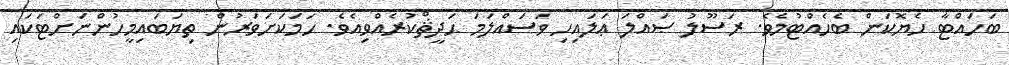
ބަހައްޓާ ހެޔޮކަން ބެހެއްޓުމެވެ. ރަސޫލު ޞައްލަ ޢަލައިހި ވަސައްލަމަ ޙަދީޘްކުރެއްވިއެވެ. ހަމަކަށަވަރުން ތިޔަބައިމީހުންނަށްޓަކައި